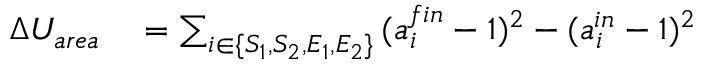
\begin{array} { r l } { \Delta U _ { a r e a } } & { { } = \sum _ { i \in \{ S _ { 1 } , S _ { 2 } , E _ { 1 } , E _ { 2 } \} } { ( a _ { i } ^ { f i n } - 1 ) ^ { 2 } - ( a _ { i } ^ { i n } - 1 ) ^ { 2 } } } \end{array}